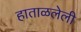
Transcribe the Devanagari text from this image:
हाताळलेली